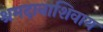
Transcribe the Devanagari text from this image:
श्रमदानाशिवाय